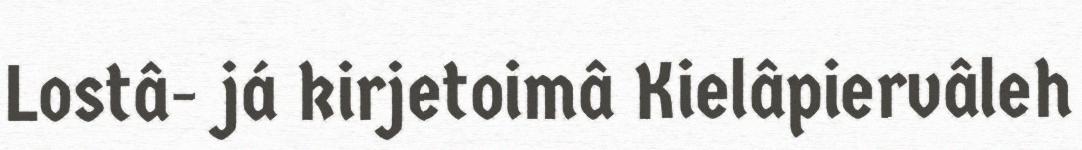
Lostâ- já kirjetoimâ Kielâpiervâleh